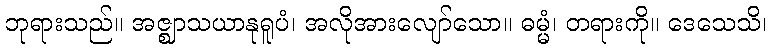
ဘုရားသည်။ အဇ္ဈာသယာနုရူပံ၊ အလိုအားလျော်သော။ ဓမ္မံ၊ တရားကို။ ဒေသေသိ၊